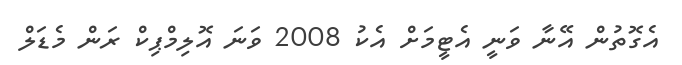
އެގޮތުން އޭނާ ވަނީ އެޓީމަށް އެކު 2008 ވަނަ އޮލިމްޕިކް ރަން މެޑަލް